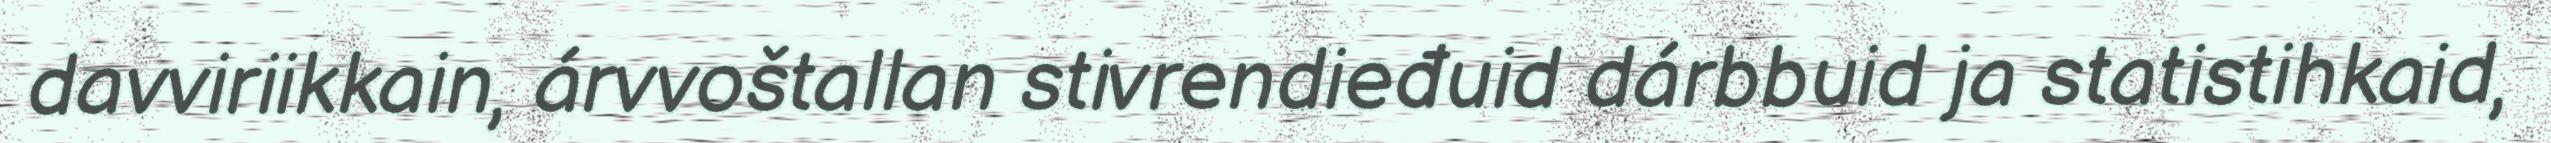
davviriikkain, árvvoštallan stivrendieđuid dárbbuid ja statistihkaid,